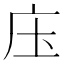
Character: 庒